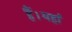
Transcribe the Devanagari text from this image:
हैं।यहां